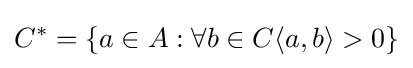
C^{*}=\{a\in A:\forall b\in C\langle a,b\rangle >0\}